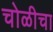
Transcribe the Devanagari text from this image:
चोळीचा